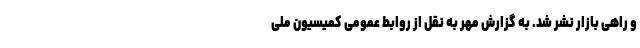
و راهی بازار نشر شد. به گزارش مهر به نقل از روابط عمومی کمیسیون ملی